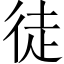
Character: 徒